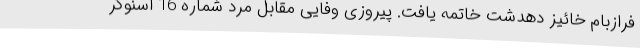
فرازبام خائیز دهدشت خاتمه یافت. پیروزی وفایی مقابل مرد شماره 16 اسنوکر